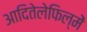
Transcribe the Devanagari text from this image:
आदितेलेफिल्में